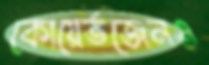
কোয়ের্তজেনও